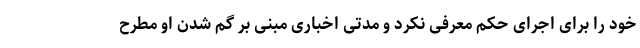
خود را برای اجرای حکم معرفی نکرد و مدتی اخباری مبنی بر گم شدن او مطرح